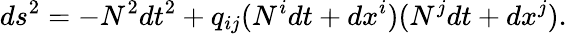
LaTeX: ds^{2}=-N^{2}dt^{2}+q_{ij}(N^{i}dt+dx^{i})(N^{j}dt+dx^{j}).